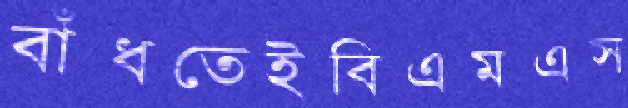
বাঁধতেইবিএমএস